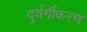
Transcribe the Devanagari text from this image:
दुर्वर्गीकरण